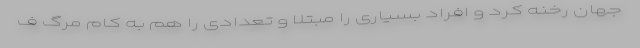
جهان رخنه کرد و افراد بسیاری را مبتلا و تعدادی را هم به کام مرگ ف